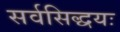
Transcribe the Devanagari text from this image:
सर्वसिद्धयः